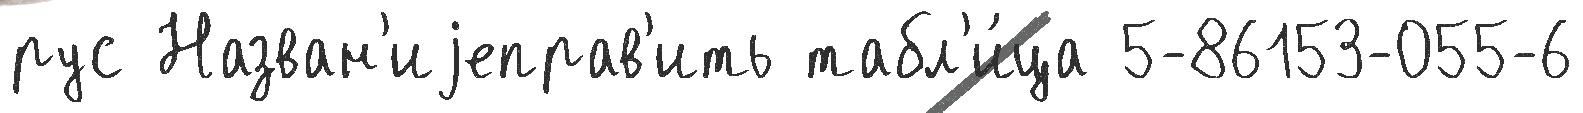
рус Назван'иjеправ'ить табл'и́ца 5-86153-055-6